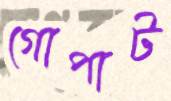
গোপাট